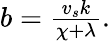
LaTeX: \begin{array}{r}{b=\frac{v_{s}\mathcal{k}}{\chi+\lambda}.}\end{array}